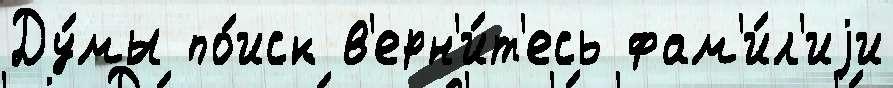
Ду́мы по́иск в'ерн'и́т'есь фам'и́л'иjи